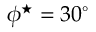
\phi ^ { \star } = 3 0 ^ { \circ }